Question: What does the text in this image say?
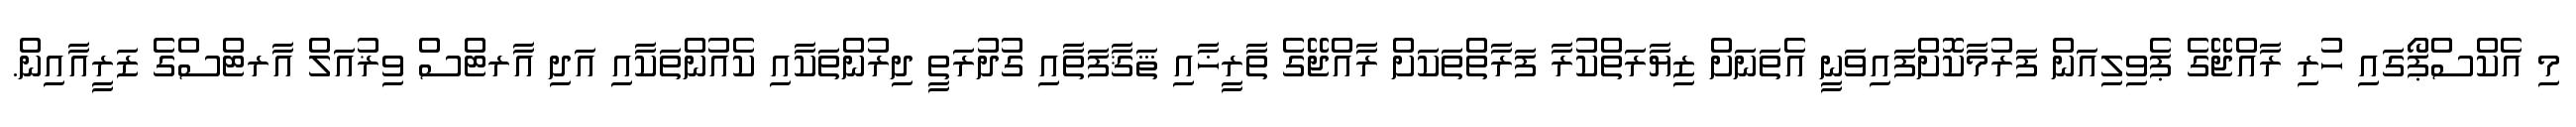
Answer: މި އެކްސްޕޯގައި ހުރި ރާއްޖޭގެ ޕެވިލިއަން ފަރުމާކޮށްފައިވަނީ އެތަނަށް ޒިޔާރަތްކުރާ ފަރާތްތަކަށް ރާއްޖޭގެ ތާރީޚާއި ޘަޤާފަތާއި ގުދުރަތީ ދިރުންތަކާއި ކެއުންތަކާއި އަދި އާރޓްސް ވިޜުއަލް އާރޓްސްގެ ޒަރީއާއިން.